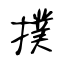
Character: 撲